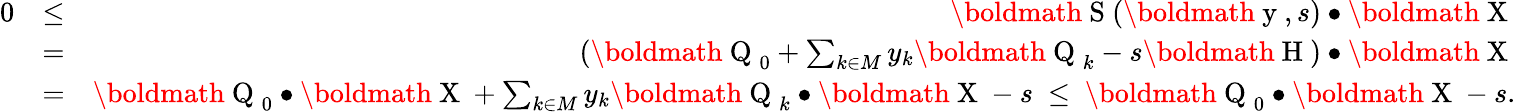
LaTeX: \begin{array}{rlr}{0}&{\leq}&{\mathrm{\boldmath~S~}(\mathrm{\boldmath~y~},s)\bullet\mathrm{\boldmath~X~}}\\ &{=}&{(\mathrm{\boldmath~Q~}_{0}+\sum_{k\in M}y_{k}\mathrm{\boldmath~Q~}_{k}-s\mathrm{\boldmath~H~})\bullet\mathrm{\boldmath~X~}}\\ &{=}&{\mathrm{\boldmath~Q~}_{0}\bullet\mathrm{\boldmath~X~}+\sum_{k\in M}y_{k}\mathrm{\boldmath~Q~}_{k}\bullet\mathrm{\boldmath~X~}-s\ \leq\ \mathrm{\boldmath~Q~}_{0}\bullet\mathrm{\boldmath~X~}-s.}\end{array}